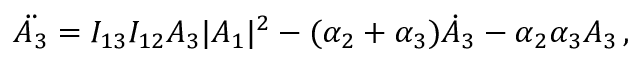
\begin{array} { r } { \ddot { A _ { 3 } } = I _ { 1 3 } I _ { 1 2 } A _ { 3 } | A _ { 1 } | ^ { 2 } - ( \alpha _ { 2 } + \alpha _ { 3 } ) \dot { A } _ { 3 } - \alpha _ { 2 } \alpha _ { 3 } A _ { 3 } \mathrm { \, , } } \end{array}